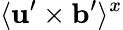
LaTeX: \langle{{\mathbf{u}}^{\prime}\times{\mathbf{b}}^{\prime}}\rangle^{x}